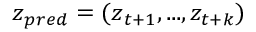
\boldsymbol { z } _ { p r e d } = ( \boldsymbol { z } _ { t + 1 } , . . . , \boldsymbol { z _ { t + k } } )